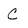
Character: C